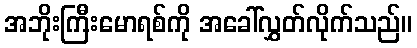
အဘိုးကြီးမောရစ်ကို အခေါ်လွှတ်လိုက်သည်။